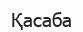
Қасаба